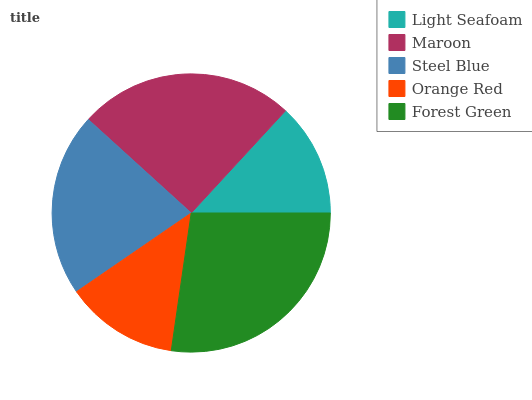
| Light Seafoam | Maroon | Steel Blue | Orange Red | Forest Green |
 | --- | --- | --- | --- | --- |
 | 13.1% | 25.2% | 21.3% | 13.1% | 27.2% |